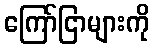
ကြော်ငြာများကို